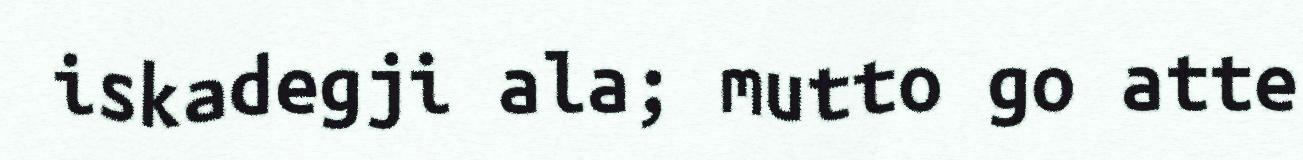
iskadegji ala; mutto go atte